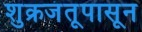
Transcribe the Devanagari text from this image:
शुक्रजंतूपासून